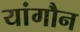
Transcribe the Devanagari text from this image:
यांगौन